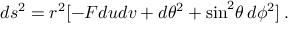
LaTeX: d s ^ { 2 } = r ^ { 2 } [ - { \cal F } d u d v + d \theta ^ { 2 } + \sin ^ { 2 } \! \theta \, d \phi ^ { 2 } ] \: .